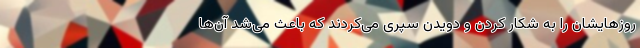
روزهایشان را به شکار کردن و دویدن سپری می‌کردند که باعث می‌شد آن‌ها